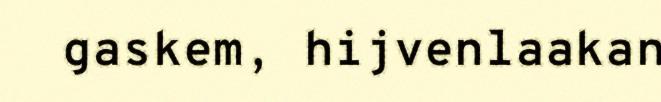
gaskem, hijvenlaakan